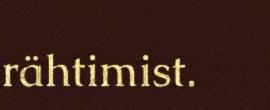
rähtimist.